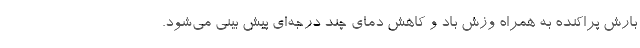
بارش پراکنده به همراه وزش باد و کاهش دمای چند درجه‌ای پیش بینی می‌شود.